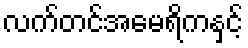
လက်တင်အမေရိကနှင့်